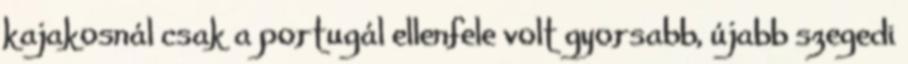
kajakosnál csak a portugál ellenfele volt gyorsabb, újabb szegedi